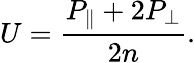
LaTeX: U=\frac{P_{\parallel}+2P_{\perp}}{2n}.